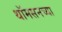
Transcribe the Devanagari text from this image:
थॉमसनच्या